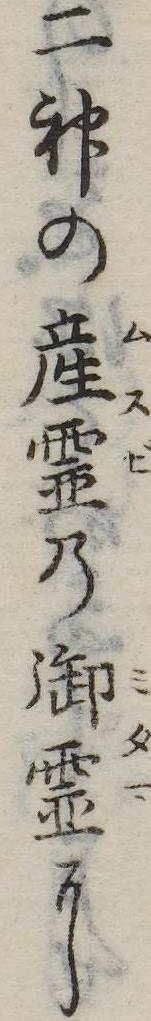
二神の産霊の御霊に